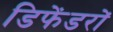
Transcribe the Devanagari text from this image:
डिफेंडरों